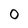
Character: O